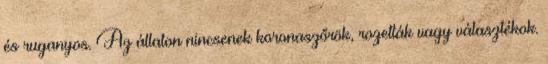
és ruganyos. Az állaton nincsenek koronaszőrök, rozetták vagy választékok.